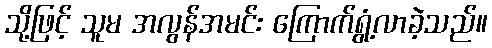
သို့ဖြင့် သူမ အလွန်အမင်း ကြောက်ရွံ့လာခဲ့သည်။